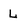
Character: L